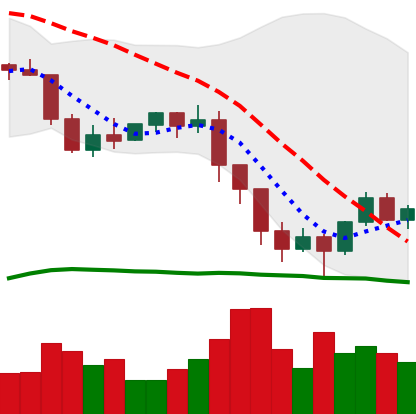
Ticker: ETH-USD
Chart end date: 2022-01-14
Forward return: -6.471%
Label: down_5_7